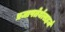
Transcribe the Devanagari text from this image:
प्रजापतेर्यत्सहजं